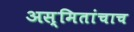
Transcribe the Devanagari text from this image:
अस्मितांचाच